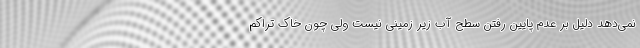
نمی‌دهد دلیل بر عدم پایین رفتن سطح آب زیر زمینی نیست ولی چون خاک تراکم